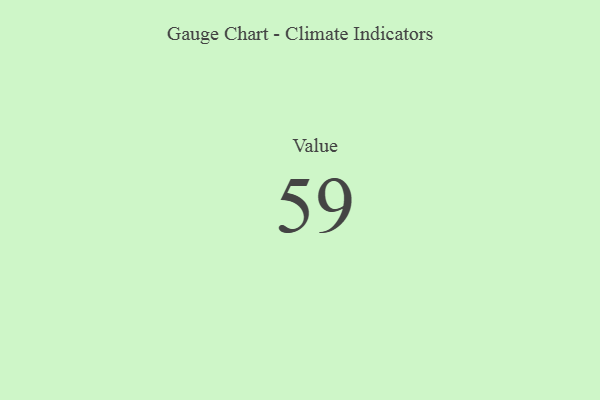
{"axis": {"x": "Metric", "y": "Value"}, "legend": [""], "data": [{"x": "Value", "y": 59, "type": ""}]}